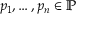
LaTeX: p _ { 1 } , \ldots , p _ { n } \in \mathbb { P }